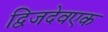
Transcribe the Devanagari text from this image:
द्विजदेवएक